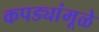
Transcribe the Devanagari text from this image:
कपड्यांमूळे